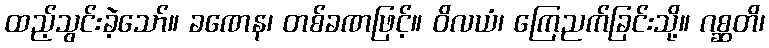
ထည့်သွင်းခဲ့သော်။ ခဏေန၊ တစ်ခဏဖြင့်။ ဝိလယံ၊ ကြေညက်ခြင်းသို့။ ဂစ္ဆတိ၊